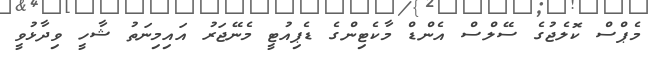
މެޕްސް ކޮލެޖުގެ ސޭލްސް އެންޑް މާކެޓިންގެ ޑެޕިއުޓީ މެނޭޖަރު އައިމިނަތު ޝާހީ ވިދާޅުވީ